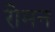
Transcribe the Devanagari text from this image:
रीमन